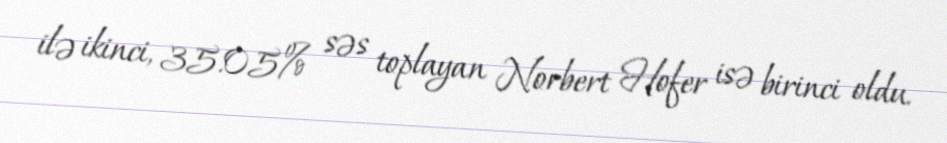
ilə ikinci, 35.05% səs toplayan Norbert Hofer isə birinci oldu.